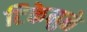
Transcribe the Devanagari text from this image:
टिकेमुळे